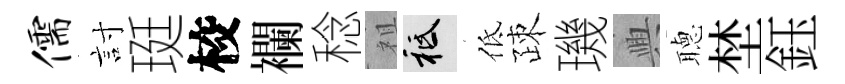
儒討珽校襴稔祖祇低疎璣興𦗟埜鈺